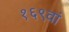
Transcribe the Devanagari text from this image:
१६९वां